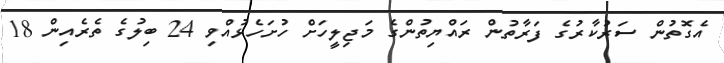
އެގޮތުން ސަރުކާރުގެ ފަރާތުން ރައްޔިތުންގެ މަޖިލީހަށް ހުށަހެޅުއްވި 24 ބިލުގެ ތެރެއިން 18